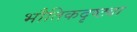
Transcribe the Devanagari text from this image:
भौतिकदृष्ट्या